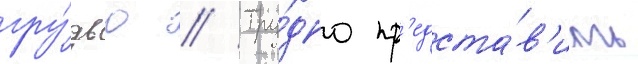
гру́дью // Тру́дно пр'едста́в'ить